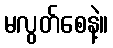
မလွတ်စေနဲ့။